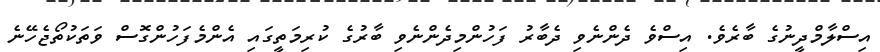
އިސްލާމްދީނުގެ ބާރެވެ. އިސްވެ ދެންނެވި ދެބާރު ފަހުންމިދެންނެވި ބާރުގެ ކުރިމަތީގައި އެންމެފަހުންގޮސް ވަތަކުތޯޖެހޭނެ